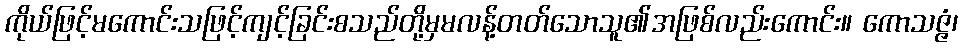
ကိုယ်ဖြင့်မကောင်းသဖြင့်ကျင့်ခြင်းစသည်တို့မှမလန့်တတ်သောသူ၏အဖြစ်လည်းကောင်း။ ကောသဇ္ဇံ၊